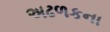
અઢળકના